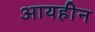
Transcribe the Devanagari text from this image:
आयहीन